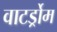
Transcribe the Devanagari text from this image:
वाटर्ड्रोम